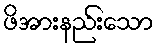
ဖိအားနည်းသော